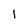
Character: 1